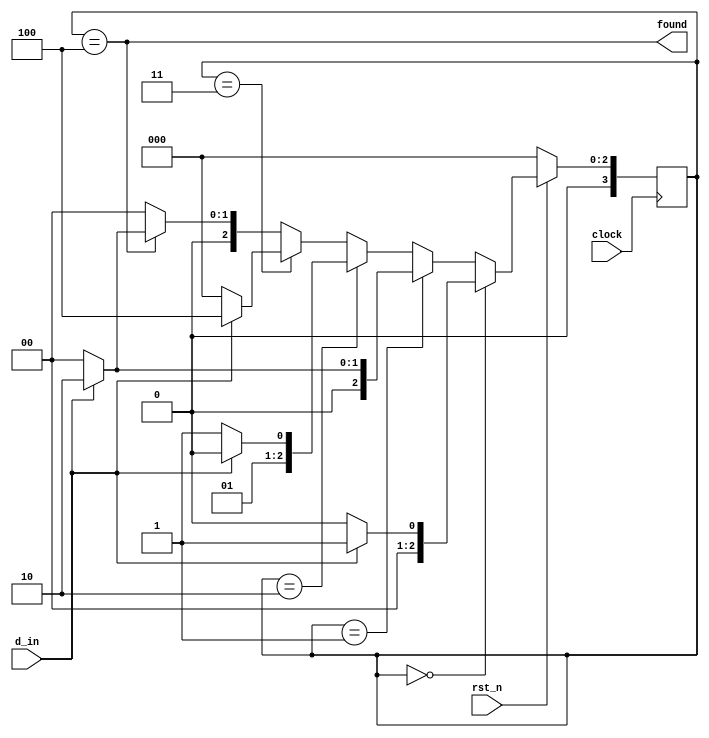
module lab8_seq_1101 (
  input rst_n, clock, d_in,
  output found
);

// Controller

  reg [3:0] cstate;

  always @( posedge clock) begin
    if (!rst_n)
      cstate <= 0;
    else if (cstate == 0) begin
      if (d_in)
        cstate <= 1;
      else 
	cstate <= 0;
    end
    else if (cstate == 1) begin
      if (d_in)
        cstate <= 2;
      else 
	cstate <= 0;
    end
    else if (cstate == 2) begin
      if (d_in)
        cstate <= 2;
      else 
	cstate <= 3;
    end
    else if (cstate == 3) begin
      if (d_in)
        cstate <= 4;
      else 
	cstate <= 0;
    end
    else if (cstate == 4) begin
      if (d_in)
        cstate <= 2;
      else 
	cstate <= 0;
    end
    else cstate <= 0;
  end

  assign found = (cstate == 4);

endmodule